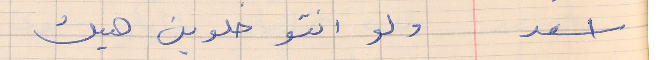
اسعد       ولو انتو حلوين هيك